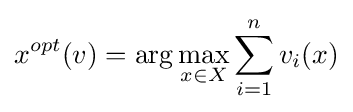
x^{opt}(v)=\arg \max _{x\in X}\sum _{i=1}^{n}v_{i}(x)